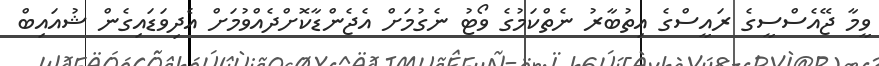
ވީމާ ޖޭއެސްސީގެ ރައީސްގެ އިތުބާރު ނެތްކަމުގެ ވޯޓު ނެގުމަށް އެޖެންޑާކޮށްދެއްވުމަށް އެދިވަޑައިގެން ޝުއައިބް